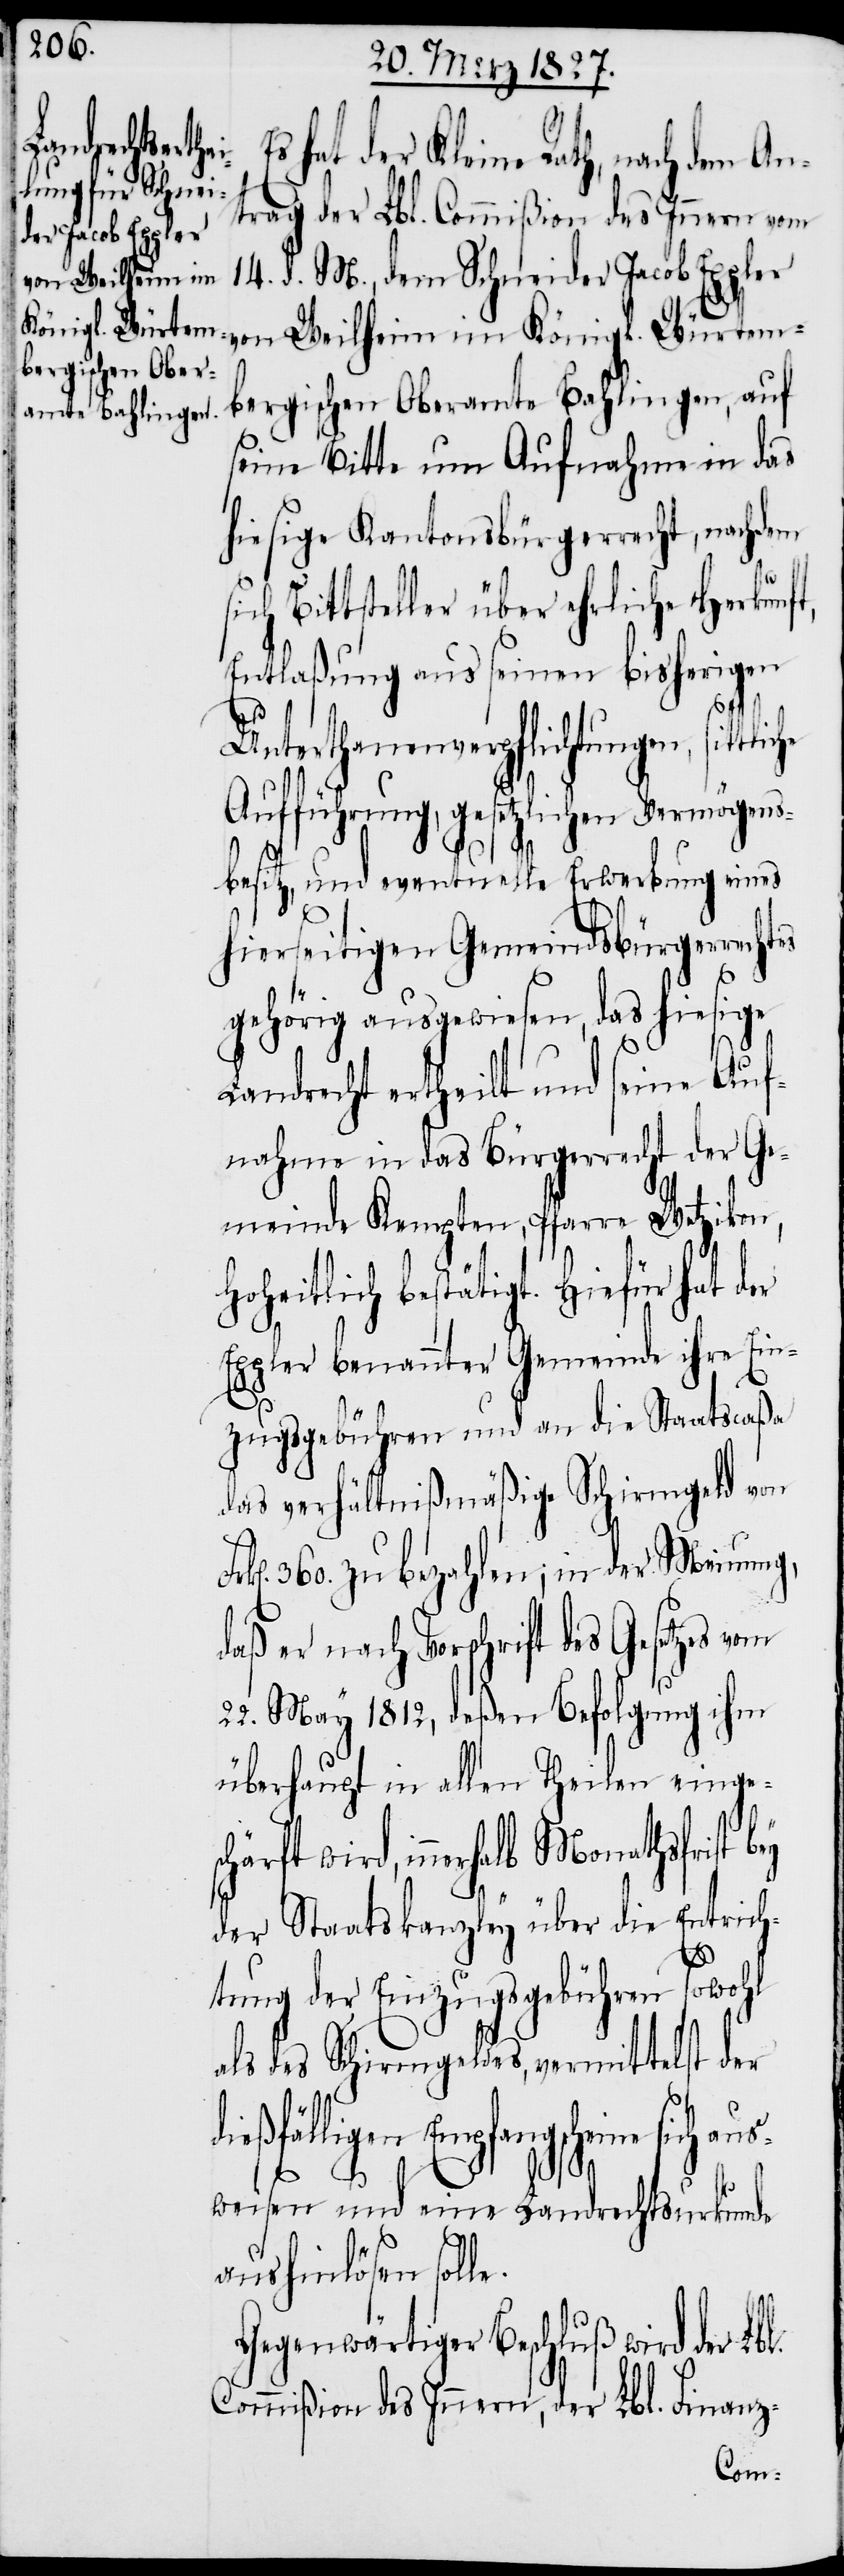
hat der Kleine Rath, nach dem An¬
trage der Lbl. Commißion des Innern vom
der Jacob Eppler
bergischen Oberamte Bahlingen, auf
seine Bitte um Aufnahme in das
hiesige Kantonsbürgerrecht, nachdem
s¬
ich Bittsteller über ehrliche Herkunft,
Entlaßung aus seinen bisherigen
tliche
Unterthanenverpflichtungen, sit¬
Aufführung, gesetzlichen Vermögens¬
M.,
besitz, und eventuelle Erwerbung eines
hierseitigen Gemeindsbürgerrechtes
gehörig ausgewiesen, das hiesige
Landrecht ertheilt und seine Auf¬
nahme in das Bürgerrecht der G¬
emeinde Kempten, Pfarre Wetzikon,
Hoheitlich bestätigt. Hiefür hat der
Eppler benannter Gemeinde ihre Ein¬
zugsgebühren und an die Staatscaßa
das verhältnißmäßige Schirmgeld von
360. zu bezahlen; in der Meinung,
daß er nach Vorschrift des Gesetzes vom
22. May 1812, deßen Befolgung ihm
überhaupt in allen Theilen einges¬
chärft wird, innerhalb
der Staatskanzley über die Entrich¬
tung der Einzugsgebühren sowohl
als des Schirmgeldes, vermittelst der
dießfälligen Empfangscheine sich a¬
l.
weisen und eine Landrechtsurkunde
aushinlösen solle.
Gegenwärtiger Beschluß wird der Lb¬
Commißion des Innern, der Lbl. Finanz-